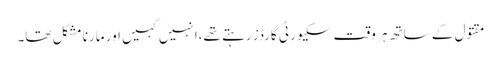
مقتول کے ساتھ ہر وقت سکیورٹی گارڈز رہتے تھے،انہیں کہیں اور مارنا مشکل تھا۔